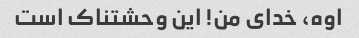
اوه، خدای من! این وحشتناک است